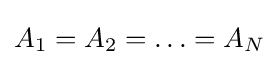
A_{1}=A_{2}=\ldots =A_{N}